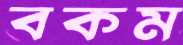
বকম